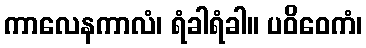
ကာလေနကာလံ၊ ရံခါရံခါ။ ပဝိဝေကံ၊